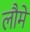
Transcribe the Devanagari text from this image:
लौमे